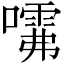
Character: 𱔺